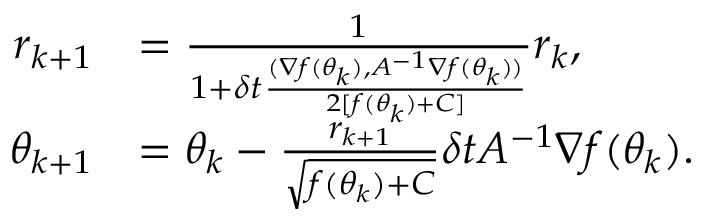
\begin{array} { r l } { { r } _ { k + 1 } } & { = \frac { 1 } { 1 + \delta t \frac { ( \nabla f ( \theta _ { k } ) , A ^ { - 1 } \nabla f ( \theta _ { k } ) ) } { 2 [ f ( \theta _ { k } ) + C ] } } r _ { k } , } \\ { \theta _ { k + 1 } } & { = \theta _ { k } - \frac { { r } _ { k + 1 } } { \sqrt { f ( \theta _ { k } ) + C } } \delta t A ^ { - 1 } \nabla f ( \theta _ { k } ) . } \end{array}